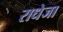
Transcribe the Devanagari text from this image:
राधेजा